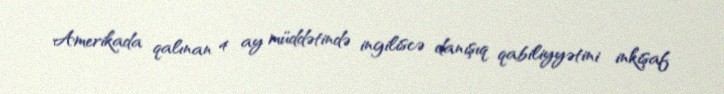
Amerikada qalınan 4 ay müddətində ingiliscə danışıq qabiliyyətini inkişaf